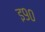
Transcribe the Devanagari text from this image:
इ९०